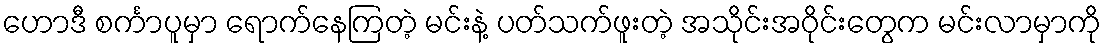
ဟောဒီ စင်္ကာပူမှာ ရောက်နေကြတဲ့ မင်းနဲ့ ပတ်သက်ဖူးတဲ့ အသိုင်းအဝိုင်းတွေက မင်းလာမှာကို